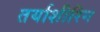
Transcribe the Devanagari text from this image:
तर्याशीरिन